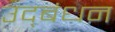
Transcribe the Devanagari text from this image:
उद्‍बंधन